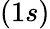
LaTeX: (1s)